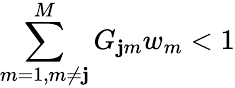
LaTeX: \sum_{m=1,m\ne\mathbf{j}}^{M}G_{\mathbf{j}m}w_{m}<1